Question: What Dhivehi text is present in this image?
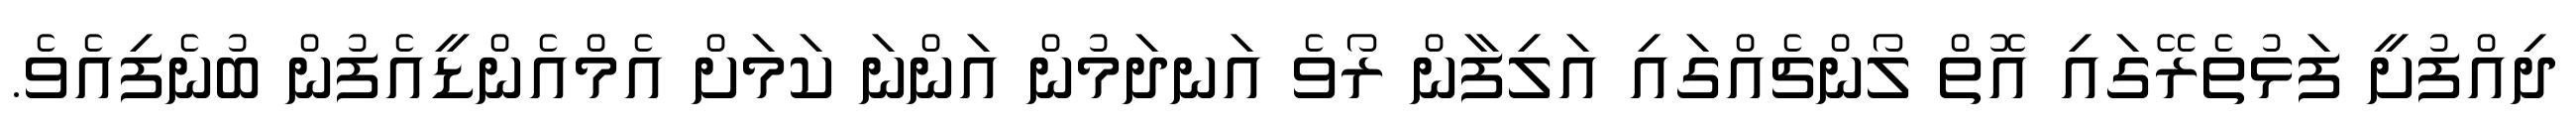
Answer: ދިއްފުށީ ފަޅުތެރޭގައި އޮތް ލޯންޗެއްގައި އަލިފާން ރޯވެ އަނދަމުން އަންނަ ކަމަށް އެމްއެންޑީއެފުން ބުނެފިއެވެ.